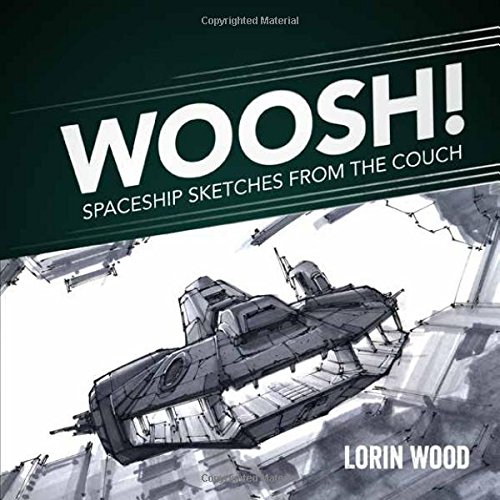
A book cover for WOOSH: Spaceship Sketches from the Couch; Arts & Photography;